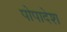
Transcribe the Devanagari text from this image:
पोपादेश